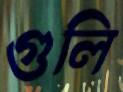
গুলি